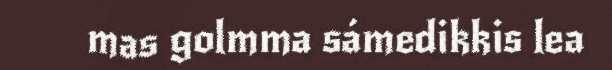
mas golmma sámedikkis lea